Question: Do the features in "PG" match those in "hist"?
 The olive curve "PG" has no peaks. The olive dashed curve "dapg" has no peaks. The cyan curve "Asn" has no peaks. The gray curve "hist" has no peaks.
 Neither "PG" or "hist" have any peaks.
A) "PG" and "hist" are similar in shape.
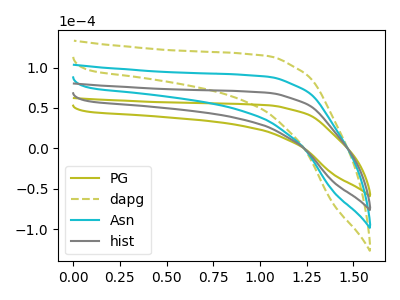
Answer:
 <answer>A) "PG" and "hist" are similar in shape.</answer>
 <eval>A</eval>